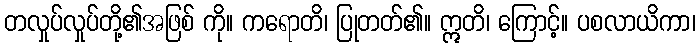
တလှုပ်လှုပ်တို့၏အဖြစ် ကို။ ကရောတိ၊ ပြုတတ်၏။ ဣတိ၊ ကြောင့်။ ပစလာယိကာ၊